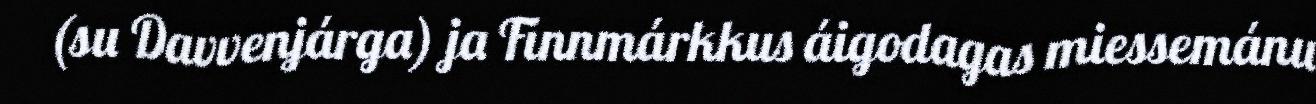
(su Davvenjárga) ja Finnmárkkus áigodagas miessemánu